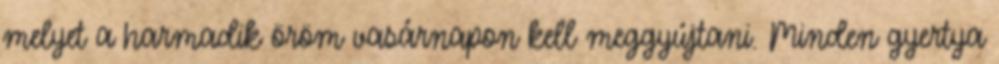
melyet a harmadik öröm vasárnapon kell meggyújtani. Minden gyertya